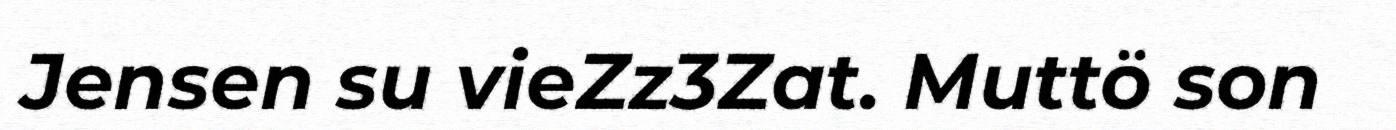
Jensen su vieZz3Zat. Muttö son